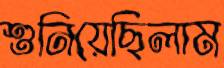
শুনিয়েছিলাম